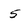
Character: 5